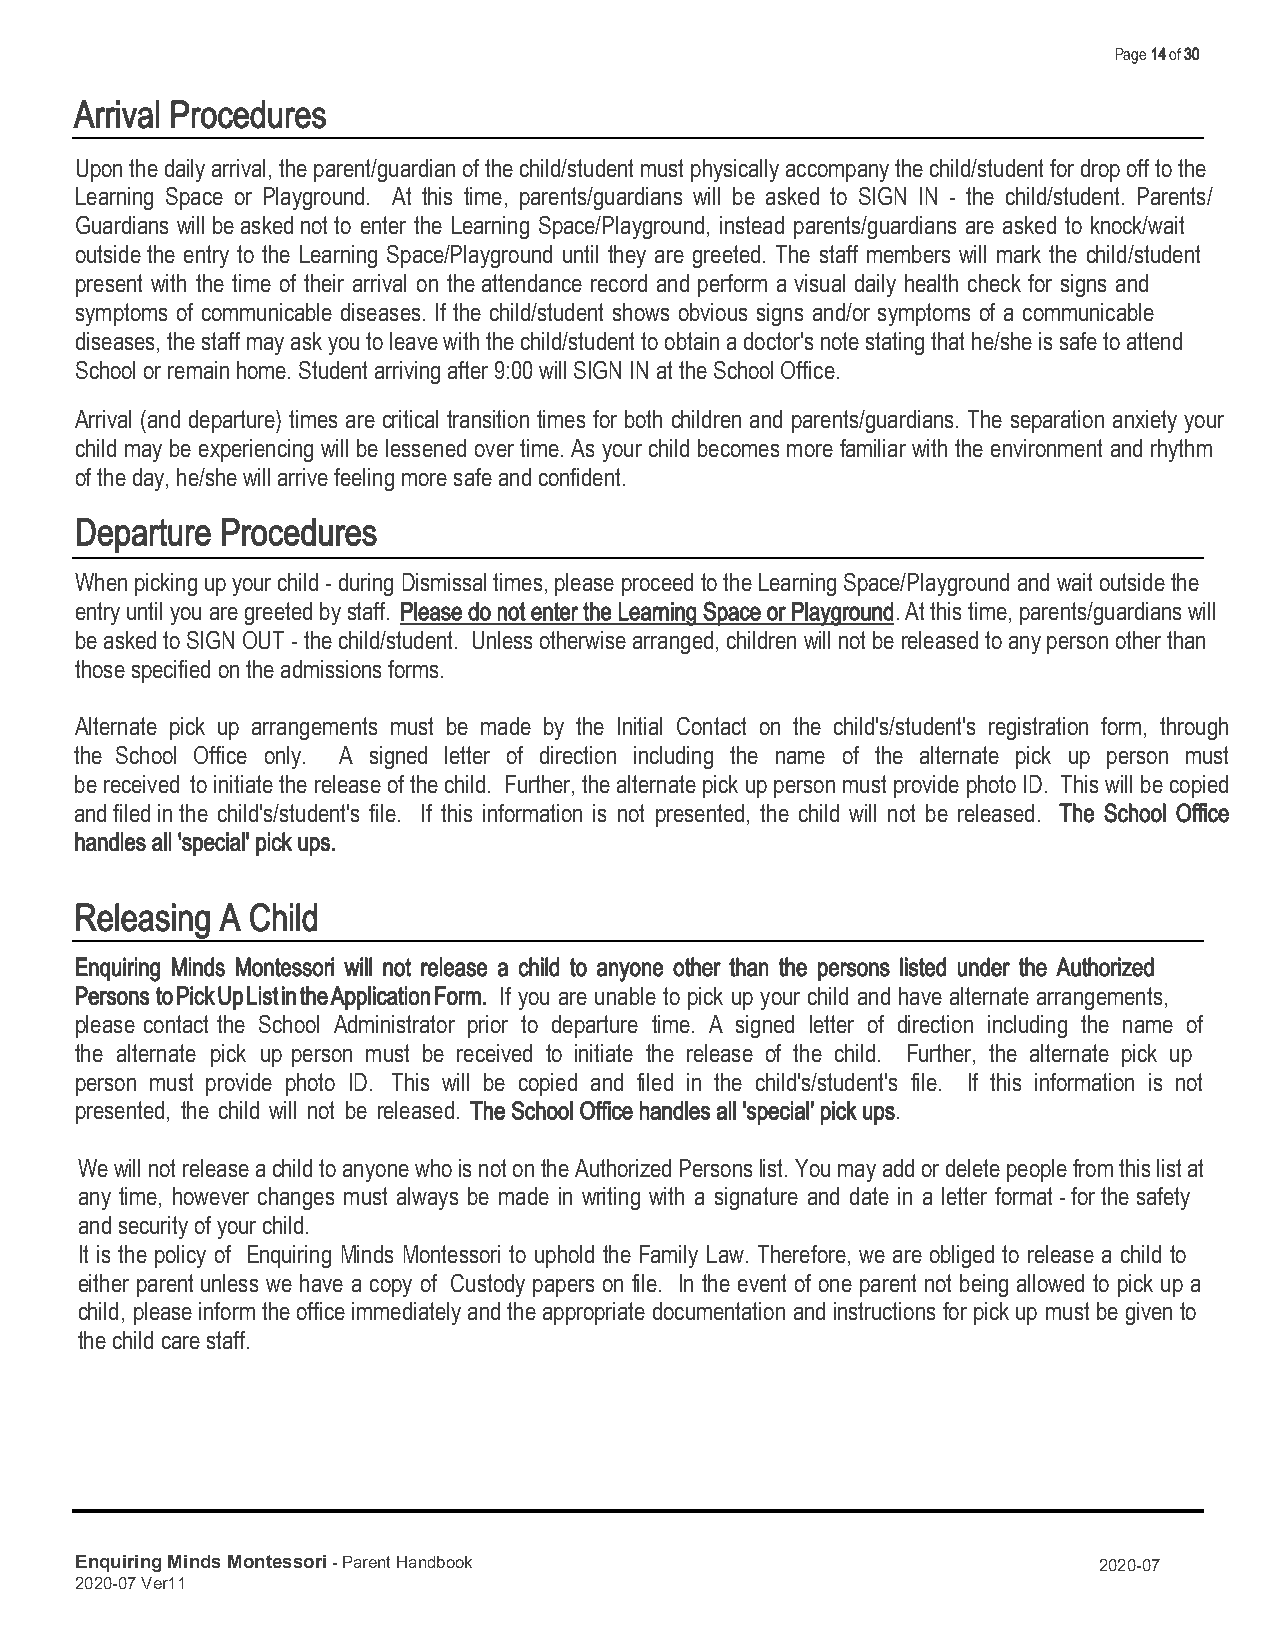
Page 14 of 30
 Arrival Procedures
 Upon the daily arrival, the parent/guardian of the child/student must physically accompany the child/student for drop off to the
 Learning Space or Playground. At this time, parents/guardians will be asked to SIGN IN - the child/student. Parents/
 Guardians will be asked not to enter the Learning Space/Playground, instead parents/guardians are asked to knock/wait
 outside the entry to the Learning Space/Playground until they are greeted. The staff members will mark the child/student
 present with the time of their arrival on the attendance record and perform a visual daily health check for signs and
 symptoms of communicable diseases. If the child/student shows obvious signs and/or symptoms of a communicable
 diseases, the staff may ask you to leave with the child/student to obtain a doctor's note stating that he/she is safe to attend
 School or remain home. Student arriving after 9:00 will SIGN IN at the School Office.
 Arrival (and departure) times are critical transition times for both children and parents/guardians. The separation anxiety your
 child may be experiencing will be lessened over time. As your child becomes more familiar with the environment and rhythm
 of the day, he/she will arrive feeling more safe and confident.
 Departure Procedures
 When picking up your child - during Dismissal times, please proceed to the Learning Space/Playground and wait outside the
 entry until you are greeted by staff. Please do not enter the Learning Space or Playground. At this time, parents/guardians will
 be asked to SIGN OUT - the child/student. Unless otherwise arranged, children will not be released to any person other than
 those specified on the admissions forms.
 Alternate pick up arrangements must be made by the Initial Contact on the child's/student's registration form, through
 the School Office only. A signed letter of direction including the name of the alternate pick up person must
 be received to initiate the release of the child. Further, the alternate pick up person must provide photo ID. This will be copied
 and filed in the child's/student's file. If this information is not presented, the child will not be released. The School Office
 handles all 'special' pick ups.
 Releasing A Child
 Enquiring Minds Montessori will not release a child to anyone other than the persons listed under the Authorized
 Persons to Pick Up List in the Application Form. If you are unable to pick up your child and have alternate arrangements,
 please contact the School Administrator prior to departure time. A signed letter of direction including the name of
 the alternate pick up person must be received to initiate the release of the child. Further, the alternate pick up
 person must provide photo ID. This will be copied and filed in the child's/student's file. If this information is not
 presented, the child will not be released. The School Office handles all 'special' pick ups.
 We will not release a child to anyone who is not on the Authorized Persons list. You may add or delete people from this list at
 any time, however changes must always be made in writing with a signature and date in a letter format - for the safety
 and security of your child.
 It is the policy of Enquiring Minds Montessori to uphold the Family Law. Therefore, we are obliged to release a child to
 either parent unless we have a copy of Custody papers on file. In the event of one parent not being allowed to pick up a
 child, please inform the office immediately and the appropriate documentation and instructions for pick up must be given to
 the child care staff.
 Enquiring Minds Montessori - Parent Handbook                        2020-07
 2020-07 Ver11